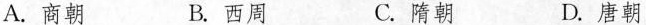
A.商朝 B.西周 C.隋朝 D.唐朝